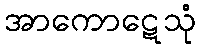
အာကောဋေသုံ